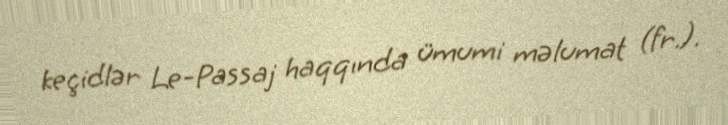
keçidlər Le-Passaj haqqında ümumi məlumat (fr.).